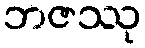
ဘဇဿု